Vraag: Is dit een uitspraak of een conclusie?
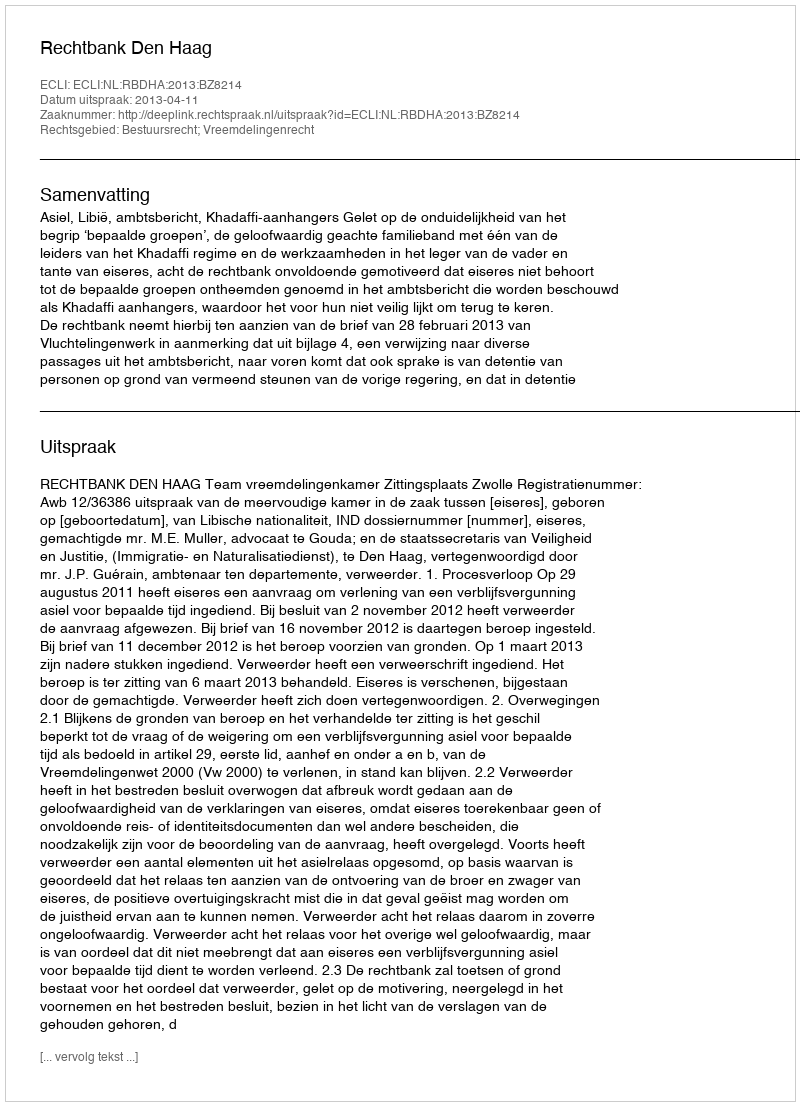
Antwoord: Uitspraak